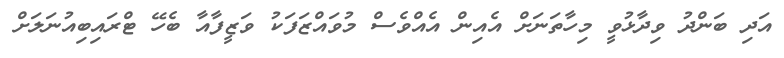
އަދި ބަންދު ވިދާޅުވީ މިހާތަނަށް އެއިން އެއްވެސް މުވައްޒަފަކު ވަޒީފާއާ ބެހޭ ޓްރައިބިއުނަލަށް